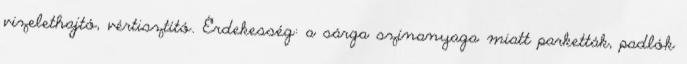
vizelethajtó, vértisztító. Érdekesség: a sárga színanyaga miatt parketták, padlók